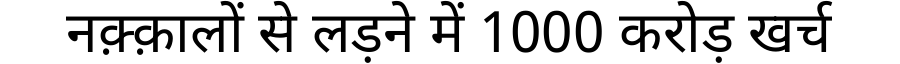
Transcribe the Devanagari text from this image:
नक़्क़ालों से लड़ने में 1000 करोड़ खर्च